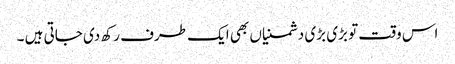
اس وقت تو بڑی بڑی دشمنیاں بھی ایک طرف رکھ دی جاتی ہیں ۔